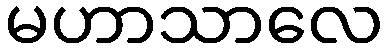
မဟာသာလေ